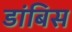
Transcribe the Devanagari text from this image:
डांबिस